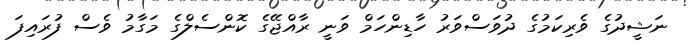
ނަޝީދުގެ ވެރިކަމުގެ ދުވަސްވަރު ހާޑިންހަމް ވަނީ ރާއްޖޭގެ ކޮންސެލްގެ މަގާމު ވެސް ފުރައިފަ